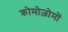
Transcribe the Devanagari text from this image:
क्रोमोज़ोमों